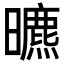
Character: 𣋳